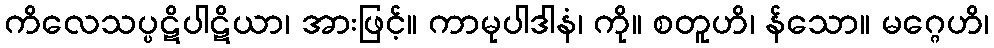
ကိလေသပ္ပဋိပါဋိယာ၊ အားဖြင့်။ ကာမုပါဒါနံ၊ ကို။ စတူဟိ၊ န်သော။ မဂ္ဂေဟိ၊